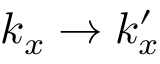
k _ { x } \rightarrow k _ { x } ^ { \prime }